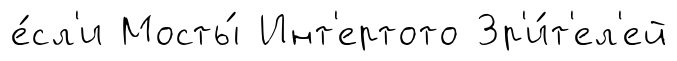
е́сл'и Мосты́ Инт'ертото Зр'и́т'ел'ей